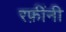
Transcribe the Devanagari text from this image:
रफ़ींनी